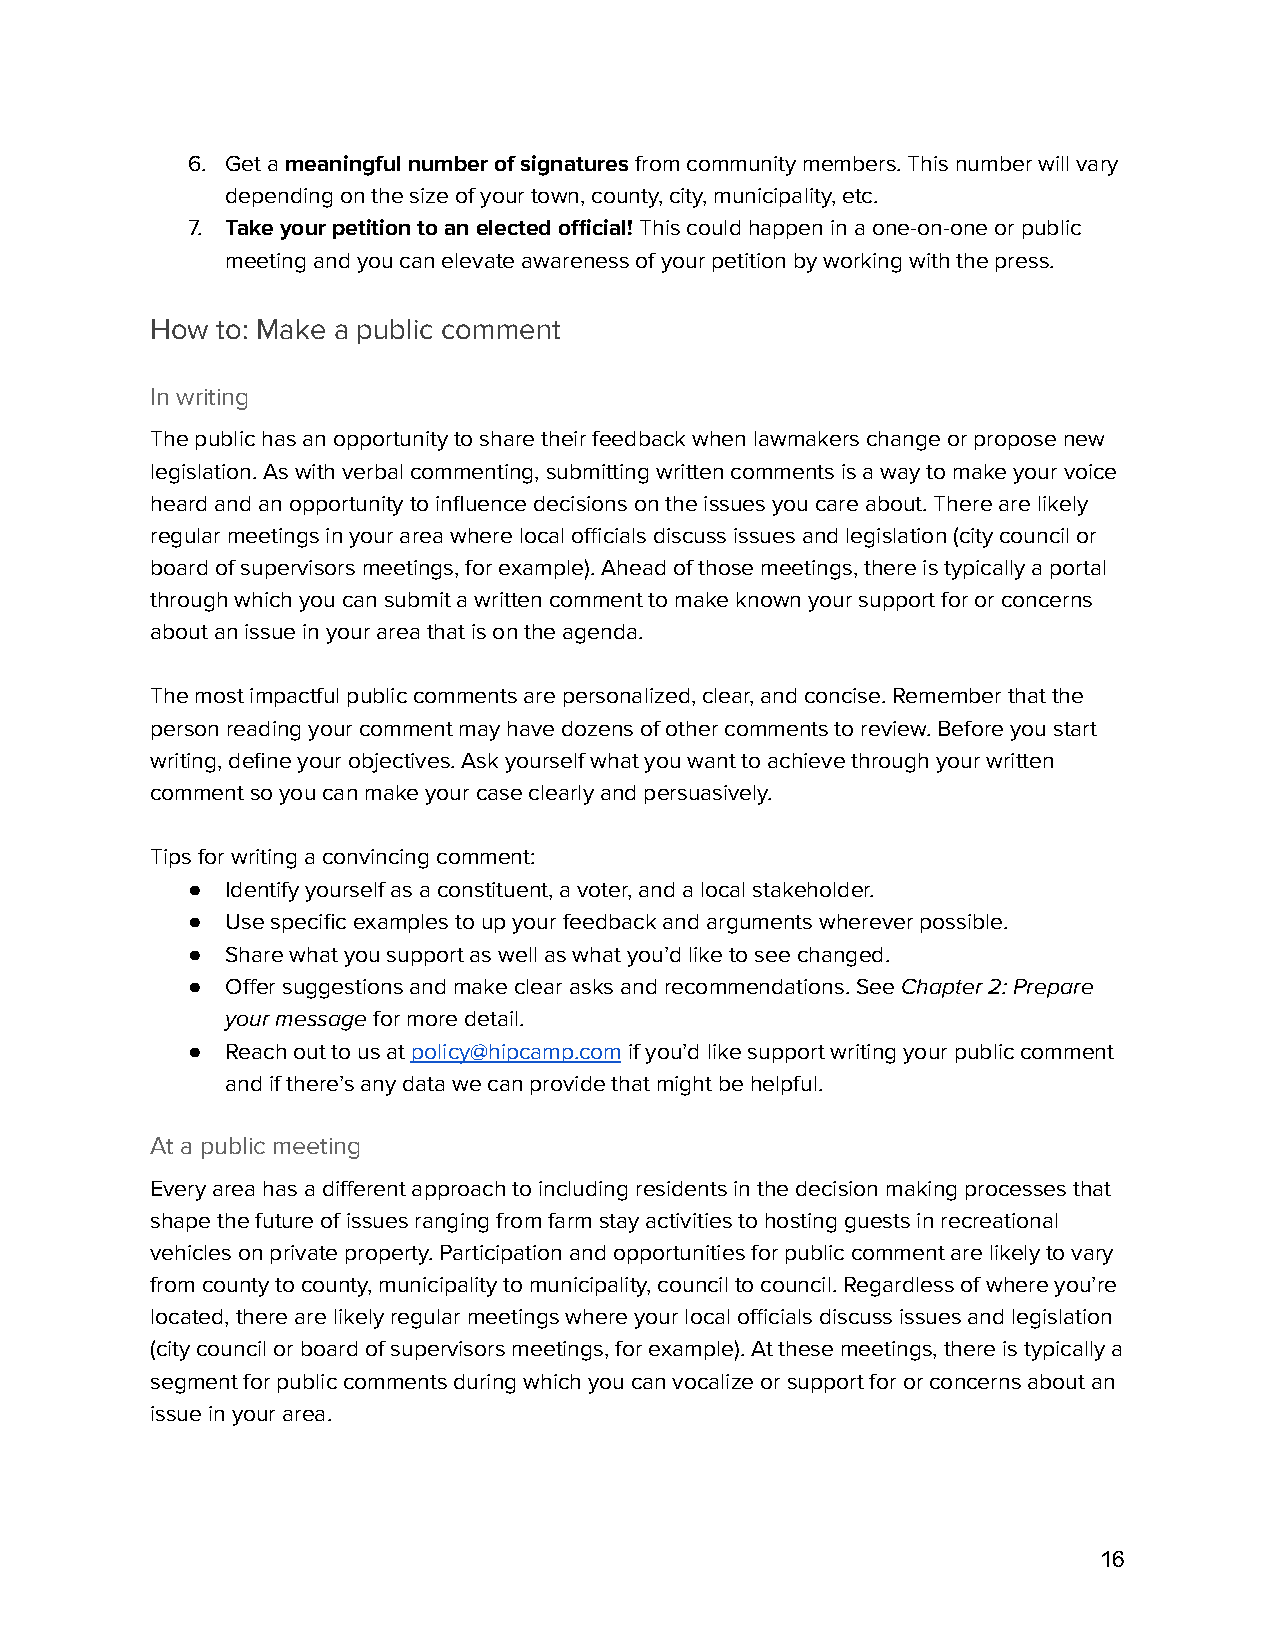
6. Get ameaningful number of signaturesfrom community members. This number will vary
 depending on the size of your town, county, city, municipality, etc.
 7. Take your petition to an elected official!This couldhappen in a one-on-one or public
 meeting and you can elevate awareness of your petition by working with the press.
 How to: Make a public comment
 In writing
 The public has an opportunity to share their feedback when lawmakers change or propose new
 legislation. As with verbal commenting, submitting written comments is a way to make your voice
 heard and an opportunity to influence decisions on the issues you care about. There are likely
 regular meetings in your area where local officials discuss issues and legislation (city council or
 board of supervisors meetings, for example). Ahead of those meetings, there is typically a portal
 through which you can submit a written comment to make known your support for or concerns
 about an issue in your area that is on the agenda.
 The most impactful public comments are personalized, clear, and concise. Remember that the
 person reading your comment may have dozens of other comments to review. Before you start
 writing, define your objectives. Ask yourself what you want to achieve through your written
 comment so you can make your case clearly and persuasively.
 Tips for writing a convincing comment:
 ●  Identify yourself as a constituent, a voter, and a local stakeholder.
 ●  Use specific examples to up your feedback and arguments wherever possible.
 ●  Share what you support as well as what you’d like to see changed.
 ●  Offer suggestions and make clear asks and recommendations. SeeChapter 2: Prepare
 your messagefor more detail.
 ●  Reach out to us atpolicy@hipcamp.comif you’d likesupport writing your public comment
 and if there’s any data we can provide that might be helpful.
 At a public meeting
 Every area has a different approach to including residents in the decision making processes that
 shape the future of issues ranging from farm stay activities to hosting guests in recreational
 vehicles on private property. Participation and opportunities for public comment are likely to vary
 from county to county, municipality to municipality, council to council. Regardless of where you’re
 located, there are likely regular meetings where your local officials discuss issues and legislation
 (city council or board of supervisors meetings, for example). At these meetings, there is typically a
 segment for public comments during which you can vocalize or support for or concerns about an
 issue in your area.
 16